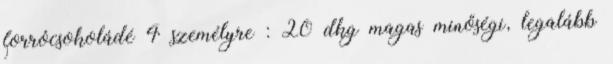
forrócsokoládé 4 személyre : 20 dkg magas minőségi, legalább